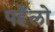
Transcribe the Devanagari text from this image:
पहेंलो